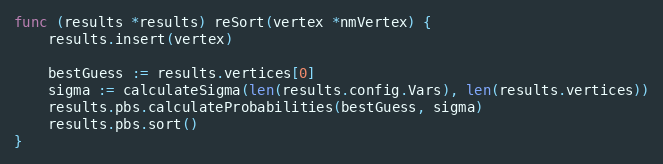
Language: Go
func (results *results) reSort(vertex *nmVertex) {
	results.insert(vertex)

	bestGuess := results.vertices[0]
	sigma := calculateSigma(len(results.config.Vars), len(results.vertices))
	results.pbs.calculateProbabilities(bestGuess, sigma)
	results.pbs.sort()
}